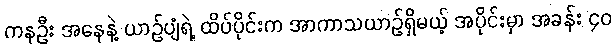
ကနဦး အနေနဲ့ ယာဉ်ပျံရဲ့ ထိပ်ပိုင်းက အာကာသယာဉ်ရှိမယ့် အပိုင်းမှာ အခန်း ၄၀